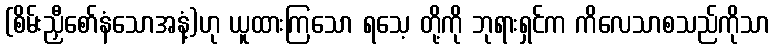
(စိမ်းညှီစော်နံသောအနံ့)ဟု ယူထားကြသော ရသေ့ တို့ကို ဘုရားရှင်က ကိလေသာစသည်ကိုသာ